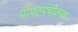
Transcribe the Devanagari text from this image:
पोपटपंचीकरता